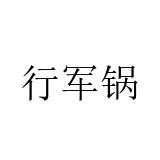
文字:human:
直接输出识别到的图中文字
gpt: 行军锅